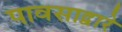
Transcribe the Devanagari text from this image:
पावसाद्वारे